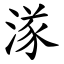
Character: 㴚